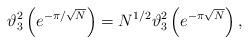
LaTeX: \begin{align*}\vartheta_3^2\left(e^{-\pi/\sqrt{N}}\right) =N^{1/2} \vartheta_3^2\left(e^{-\pi\sqrt{N}}\right),\end{align*}